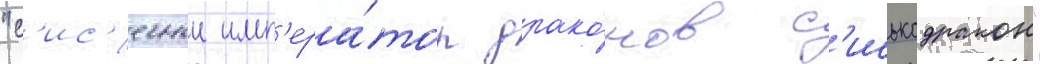
"с'ис'ечныи имп'ера́тор драко́нов с'иськодракон"